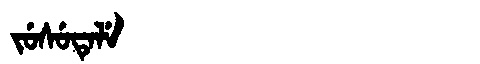
Manchu: ᠵᡠᠰᡠᡨᡝᠯᡝ
Romanization: JUSUTELE